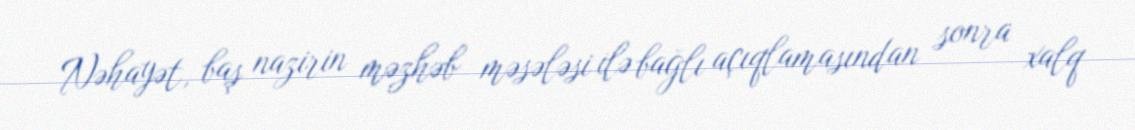
Nəhayət, baş nazirin məzhəb məsələsi ilə bağlı açıqlamasından sonra xalq